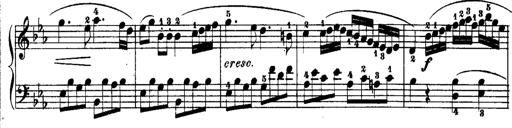
Title: Rondos and Sonatinas for Pianoforte
Composer: Daniel Steibelt